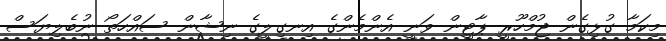
މިކަމާ ގުޅިގެން ޖުމްހޫރީ ޕާޓީން ވަނީ އެންމެންގެ އިނގިލީގެ ނިޝާން ސައްހަތޯ ނުބެލިޔަސް